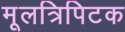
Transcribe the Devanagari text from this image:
मूलत्रिपिटक